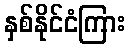
နှစ်နိုင်ငံကြား